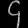
Digit: ၄